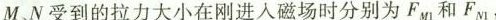
M、N受到的拉力大小在刚进入磁场时分别为F_{M1}和F_{N1}，